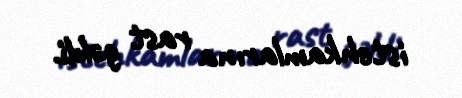
istehkamlarına rast gəldi.